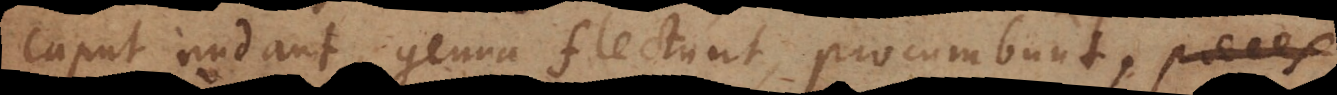
caput nudant, genua flectunt, procumbunt,